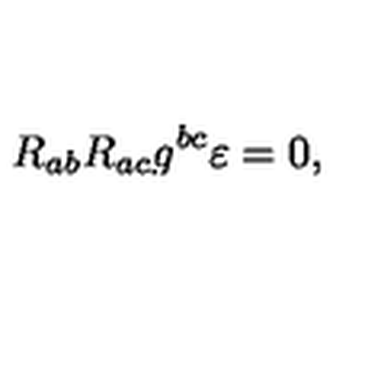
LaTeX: R _ { a b } R _ { a c } g ^ { b c } \varepsilon = 0 ,